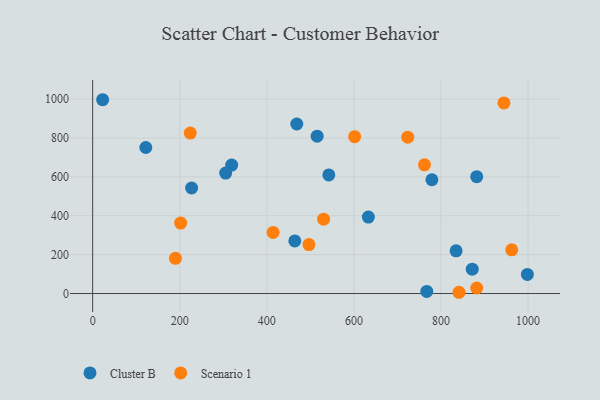
{"axis": {"x": "Price", "y": "Rating"}, "legend": ["Cluster B", "Scenario 1"], "data": [{"x": "767.3", "y": 10.9, "type": "Cluster B"}, {"x": "542.4", "y": 609.9, "type": "Cluster B"}, {"x": "633.2", "y": 393.2, "type": "Cluster B"}, {"x": "998.4", "y": 98.4, "type": "Cluster B"}, {"x": "468.8", "y": 872.0, "type": "Cluster B"}, {"x": "319.3", "y": 660.6, "type": "Cluster B"}, {"x": "834.7", "y": 219.6, "type": "Cluster B"}, {"x": "305.5", "y": 619.6, "type": "Cluster B"}, {"x": "122.1", "y": 751.2, "type": "Cluster B"}, {"x": "227.3", "y": 542.9, "type": "Cluster B"}, {"x": "779.1", "y": 585.3, "type": "Cluster B"}, {"x": "871.8", "y": 125.2, "type": "Cluster B"}, {"x": "882.1", "y": 600.9, "type": "Cluster B"}, {"x": "22.9", "y": 996.9, "type": "Cluster B"}, {"x": "464.3", "y": 270.7, "type": "Cluster B"}, {"x": "515.6", "y": 809.3, "type": "Cluster B"}, {"x": "224.2", "y": 825.1, "type": "Scenario 1"}, {"x": "882.1", "y": 28.5, "type": "Scenario 1"}, {"x": "962.5", "y": 225.0, "type": "Scenario 1"}, {"x": "762.1", "y": 661.8, "type": "Scenario 1"}, {"x": "530.4", "y": 382.3, "type": "Scenario 1"}, {"x": "190.1", "y": 180.8, "type": "Scenario 1"}, {"x": "723.6", "y": 804.2, "type": "Scenario 1"}, {"x": "601.7", "y": 806.8, "type": "Scenario 1"}, {"x": "202.1", "y": 362.2, "type": "Scenario 1"}, {"x": "496.7", "y": 251.6, "type": "Scenario 1"}, {"x": "414.5", "y": 314.3, "type": "Scenario 1"}, {"x": "944.6", "y": 980.5, "type": "Scenario 1"}, {"x": "841.3", "y": 6.4, "type": "Scenario 1"}]}